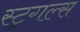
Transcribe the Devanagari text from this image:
स्ट्रगल्स